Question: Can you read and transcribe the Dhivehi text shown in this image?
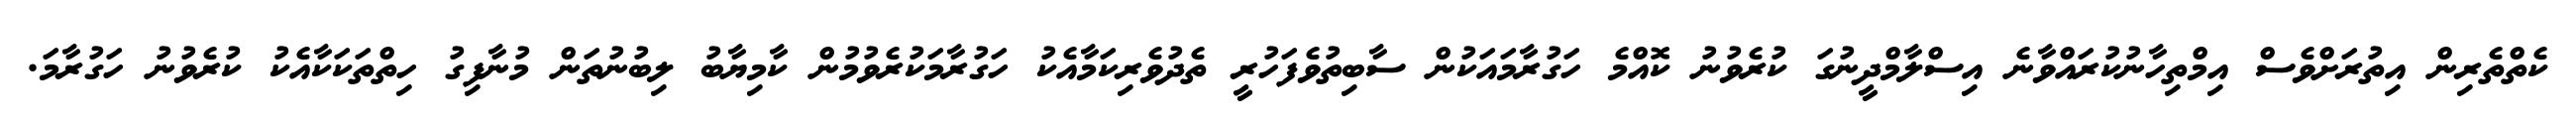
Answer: ކެތްތެރިން އިތުރަށްވެސް އިމްތިހާނުކުރައްވާނެ އިސްލާމްދީނުގަ ކުރެވުނު ކޮއްމެ ހަގުރާމައަކުން ސާބިތުވެފަހުރީ ތެދުވެރިކަމާއެކު ހަގުރާމަކުރެވުމުން ކާމިޔާބު ލިބުނުތަން މުނާފިގު ހިތްތަކަކާއެކު ކުރެވުނު ހަގުރާމަ.